Insane asylums in Bengal annual reports 1876-1887 - 1876-1887
Year: 1876
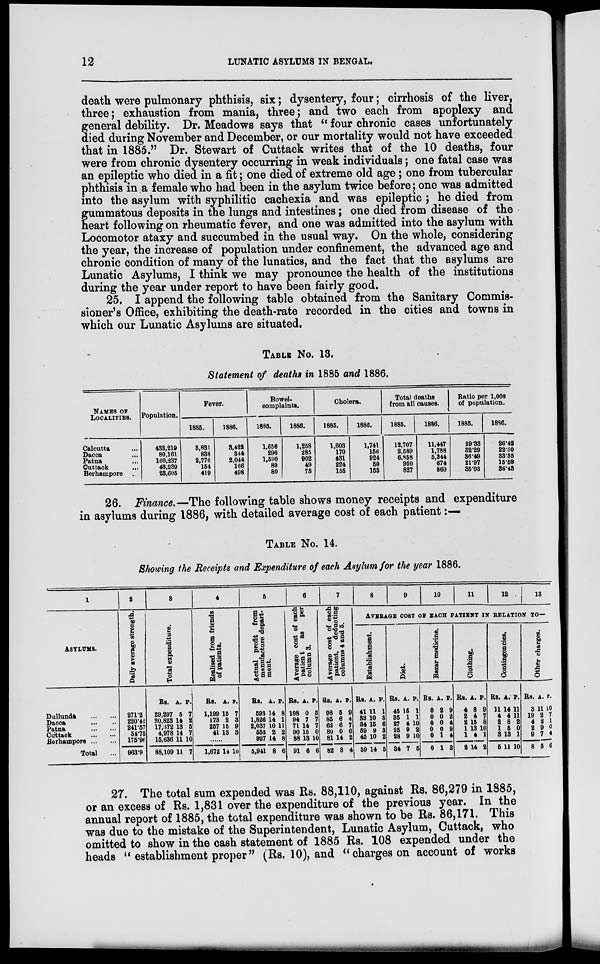
12
LUNATIC ASYLUMS IN BENGAL.
death were pulmonary phthisis, six; dysentery, four; cirrhosis of the liver,
three; exhaustion from mania, three; and two each from apoplexy and
general debility. Dr. Meadows says that " four chronic cases unfortunately
died during November and December, or our mortality would not have exceeded
that in 1885." Dr. Stewart of Cuttack writes that of the 10 deaths, four
were from chronic dysentery occurring in weak individuals; one fatal case was
an epileptic who died in a fit; one died of extreme old age ; one from tubercular
phthisis in a female who had been in the asylum twice before; one was admitted
into the asylum with syphilitic cachexia and was epileptic ; he died from
gummatous deposits in the lungs and intestines; one died from disease of the
heart following on rheumatic fever, and one was admitted into the asylum with
Locomotor ataxy and succumbed in the usual way. On the whole, considering
the year, the increase of population under confinement, the advanced age and
chronic condition of many of the lunatics, and the fact that the asylums are
Lunatic Asylums, I think we may pronounce the health of the institutions
during the year under report to have been fairly good.
25. I append the following table obtained from the Sanitary Commis-
sioner's Office, exhibiting the death-rate recorded in the cities and towns in
which our Lunatic Asylums are situated.
TABLE No. 13.
Statement of deaths in 1885 and 1886.
NAMES OF
LOCALITIES.
Calcutta ...
Dacca ...
Patna ...
Cuttack ...
Berhampore ...
Population.
433,219
80,161
160,237
43,239
23,605
Fever.
1885.
3,831
838
2,776
154
419
1886.
3,422
344
2,044
166
498
Bowel-
complaints.
1885.
1,656
290
1,590
89
80
1886.
1,258
285
902
49
75
Cholera.
1885.
1,603
170
431
224
155
1886.
1,741
156
924
60
153
Total deaths
from all causes.
1885.
12,707
2,689
6,858
950
827
1886.
11,447
1,788
6,344
674
860
Ratio per 1,000
of population.
1885.
29.83
32.29
86.49
21.97
3603
1886.
26.42
22.30
83.35
15.58
36.43
26. Finance.—The following table shows money receipts and expenditure
in asylums during 1886, with detailed average cost of each patient :—
TABLE No. 14.
Showing the Receipts and Expenditure of each Asylum for the year 1886.
1
ASYLUMS.
Dullunda
...
...
Dacca
... ...
Patna
...
...
Cuttack
...
...
Berhampore
...
...
Total ...
2
Daily average strength.
271.2
220.42
241.57
54.76
175.96
963.9
3
Total expenditure.
Rs.
29,297
20,823
17,172
4,978
15,636
88,109
A.
5
14
13
14
11
11
P.
7
2
5
7
10
7
4
Realised from friends
of patients.
Rs.
1,199
173
257
41
A.
16
2
16
13
P.
7
3
9
3
......
1.672 14 10
6
Actual profit from
manufacture depart-
ment.
Rs.
593
1,826
2,037
555
927
5,941
A.
14
14
P.
8
1
10 11
2
14
8
2
8
6
6
Average cost of each
patient
as
per
column S.
Rs.
108
94
71
90
88
91
A.
0
7
14
15
13
6
P.
5
7
7
0
10
6
7
Average cost of each
patient,
deducting
columns 4 and 5.
Rs.
98
85
62
80
81
82
A.
5
6
6
0
14
8
P.
9
4
7
6
2
4
8
9
10
11
12
13
AVERAGE COST OF EACH PATIENT IN RELATION TO—
Establishment.
Rs.
41
S3
34
69
45
39
A.
11
10
15
9
10
14
P.
1
3
6
3
2
5
Diet.
Rs.
45
35
27
25
28
34
A.
16
1
4
9
9
7
P.
1
1
10
2
10
5
Bazar medicine.
Rs.
0
0
0
0
0
0
A.
2
0
0
0
1
1
P.
9
2
4
9
4
2
Clothing.
Rs.
4
2
2
1
1
2
A.
8
4
15
13
4
14
P.
9
7
8
10
1
2
Contingencies.
Rs.
11
4
2
1
3
5
A.
14
4
8
6
13
11
P.
11
11
2
0
1
10
Other charges.
Rs.
3
19
4
2
9
8
A.
11
2
2
9
7
5
P.
10
7
1
0
4
6
27. The total sum expended was Rs. 88,110, against Rs. 86,279 in 1885,
or an excess of Rs. 1,831 over the expenditure of the previous year. In the
annual report of 1885, the total expenditure was shown to be Rs. 86,171. This
was due to the mistake of the Superintendent, Lunatic Asylum, Cuttack, who
omitted to show in the cash statement of 1885 Rs. 108 expended under the
heads " establishment proper" (Rs. 10), and " charges on account of works